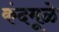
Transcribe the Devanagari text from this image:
कंदमूळे